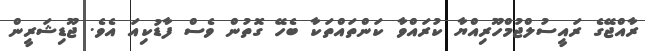
ރާއްޖޭގެ ރައީސުލްޖުމްހޫރިއްޔާ ކުރައްވާ ކަންތައްތަކާ ބެހޭ ގޮތުން ވެސް ފާޑުކިއަ އެވެ. ޖޫޑިޝަރީން